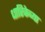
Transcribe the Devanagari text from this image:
धारिकेच्या